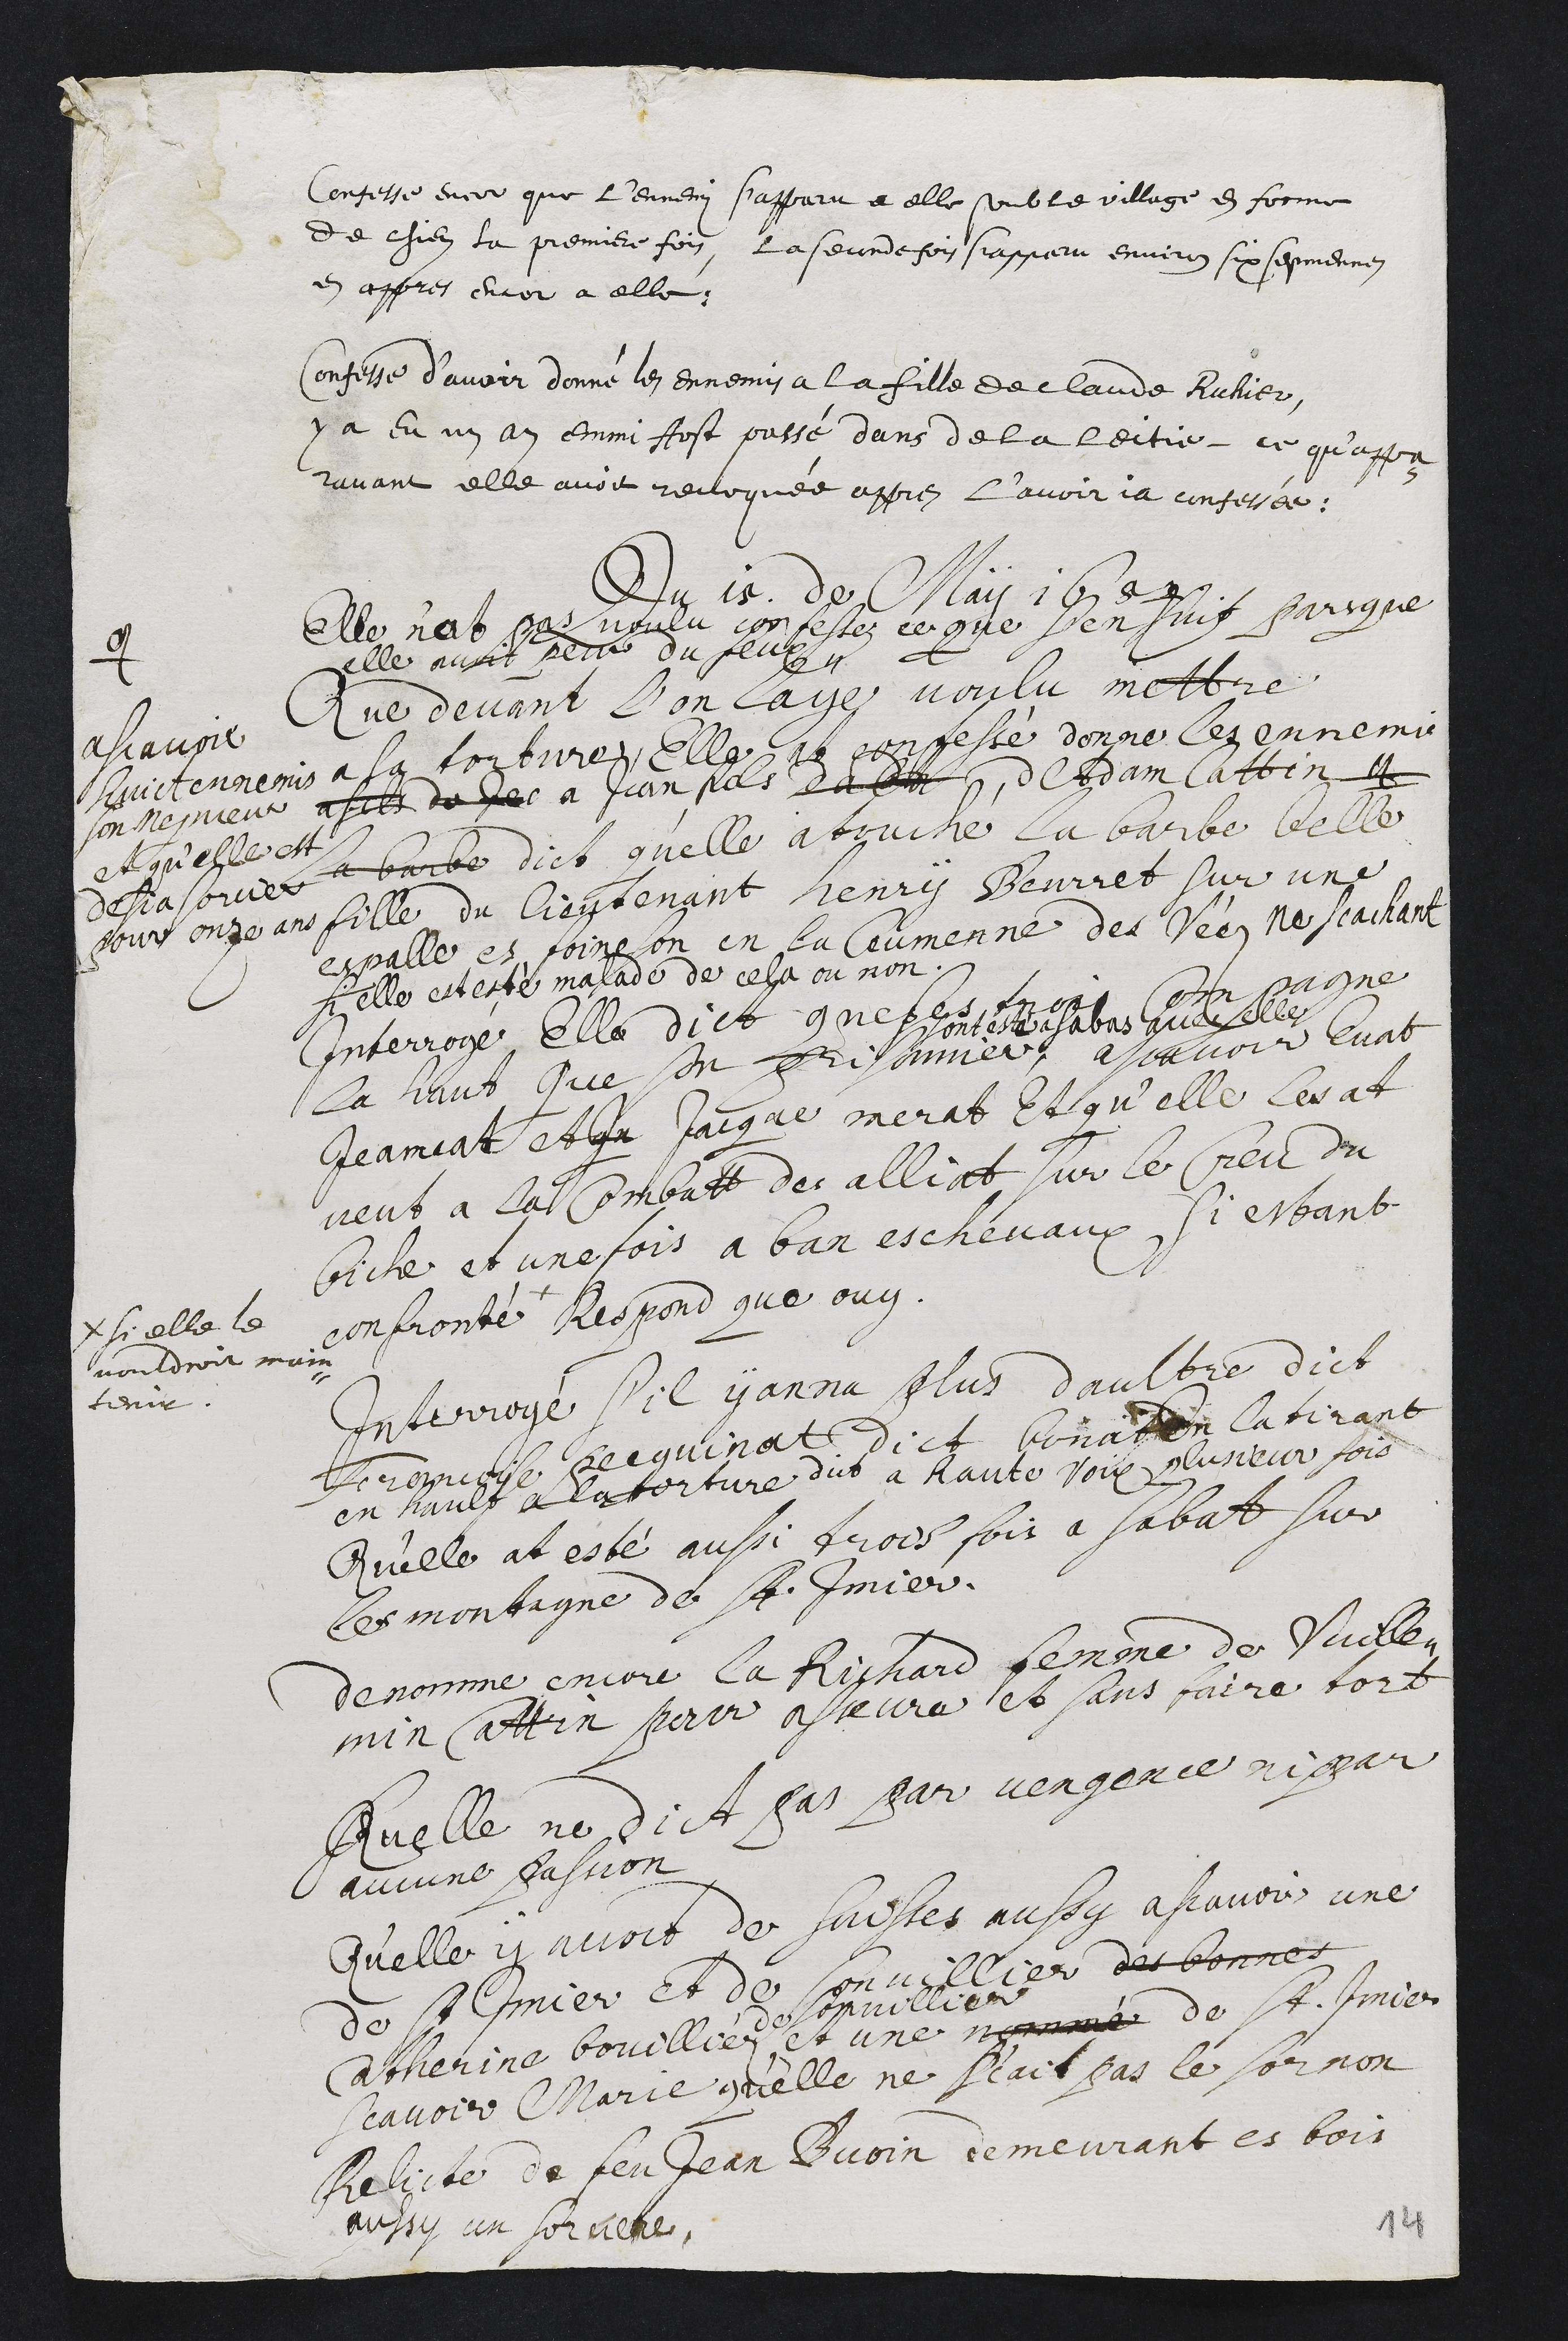
Confesse encor que l'ennemi s'apparu a elle soub le village en forme
de chien la premiere fois, la seconde fois s'apparu environ six sepmennes
en appres encor a elle.
Confesse d’avoir donné les ennemis a la fille de Claude Ruhier
y a eu un an emmi Aost passé dans de la leitie, ce qu’appa¬
ravant elle avoit revoquée appres l’avoir ja confessée.
Du 15. de May 1654
elle n’at pas voulu confessez ce que s’en suit parsque
elle avoit peur du feu
Que devant l’on laye voulu mettre
a la torture elle at confessé donné les ennemis
a fils de Je a Jean fils dadam de Adam Cattin #
#
ascavoir
huict ennemis
son nepveux
et qu’elle est
desja sorcier
pour onze ans
la barbe dict qu’elle a touché la barbe belle
fille du lieutenant Henry Beurret sur une
espalle es foineson en la Ceumenne des Véez ne scachant
si elle est esté malade de cela ou non.
Interrogé elle dict que ses trois compagne
la haut que son prisonniers,
sont esté a sabas avec elle
a scavoir Evat
Jeannat et Jn Jacque merat et qu’elle les at
veut à la Combatt des alliat sur le Creu des
biche et une fois a ban es chevaux, si estant
confronté +
+ si elle le
vouldroit main¬
tenir
Respond que ouy
Interrogé s'il y anna plus daultre dict
Francoise Pecquinat dict bonatte la tirant
en hault a la torture dct a haute voix plusieur fois
Qu’elle at esté aussi trois fois a sabat sur
les montagne de St. Imier.
denomme encore la Richard femme de Vuille¬
min Cattin pour asseure et sans faire tort
Quelle ne dict pas par vengence ny par
aucune passion
Qu’elle y avoit des suisses aussy ascavoir une
de St Imier et de Sonvillier des bonnes
Catherine bouilliez
de Sonvillier
et une nommé de St Imier
scavoir Marie qu’elle ne scait pas le sornon
Relicte de feu Jean Buvin demeurant es bois
aussy un sorciere
14